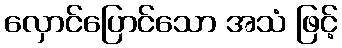
လှောင်ပြောင်သော အသံ ဖြင့်